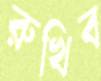
রুখিব